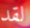
لقد